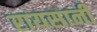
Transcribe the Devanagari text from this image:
रायसानी